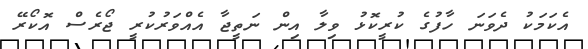
އެކަމަކު ދެވަނަ ހާފުގެ ކުރީކޮޅު ވިލާ އިން ނަތީޖާ އެއްވަރުކުރީ ޖޯރެސް އޮކޯރޭ